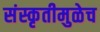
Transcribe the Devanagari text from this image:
संस्कृतीमुळेच